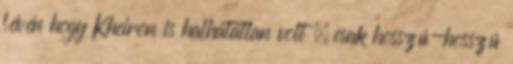
lévén hogy Kheiron is halhatatlan volt – csak hosszú-hosszú